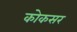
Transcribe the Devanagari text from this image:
कोकसर